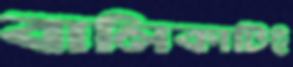
বালিকাটিই